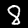
Digit: 8